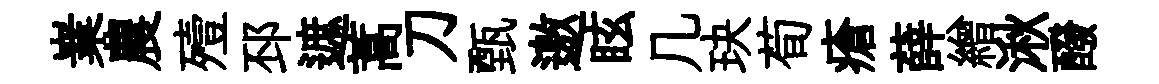
嶪農殪邳遮蒿刀甄邀眩几玦荀瘡薛繒湫醱